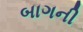
બાગની